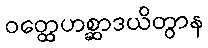
ဝတ္ထေဟစ္ဆာဒယိတွာန